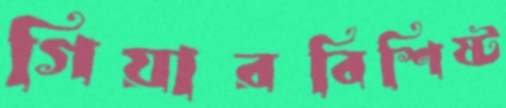
গিয়ারবিশিষ্ট